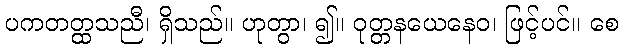
ပကတတ္ထသညီ၊ ရှိသည်။ ဟုတွာ၊ ၍။ ဝုတ္တနယေနေဝ၊ ဖြင့်ပင်။ စေ